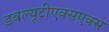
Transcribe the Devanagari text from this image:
डबल्यूटीएक्सएक्स